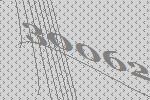
30062